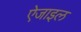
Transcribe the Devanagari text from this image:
ऐजाइल